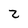
Character: 2